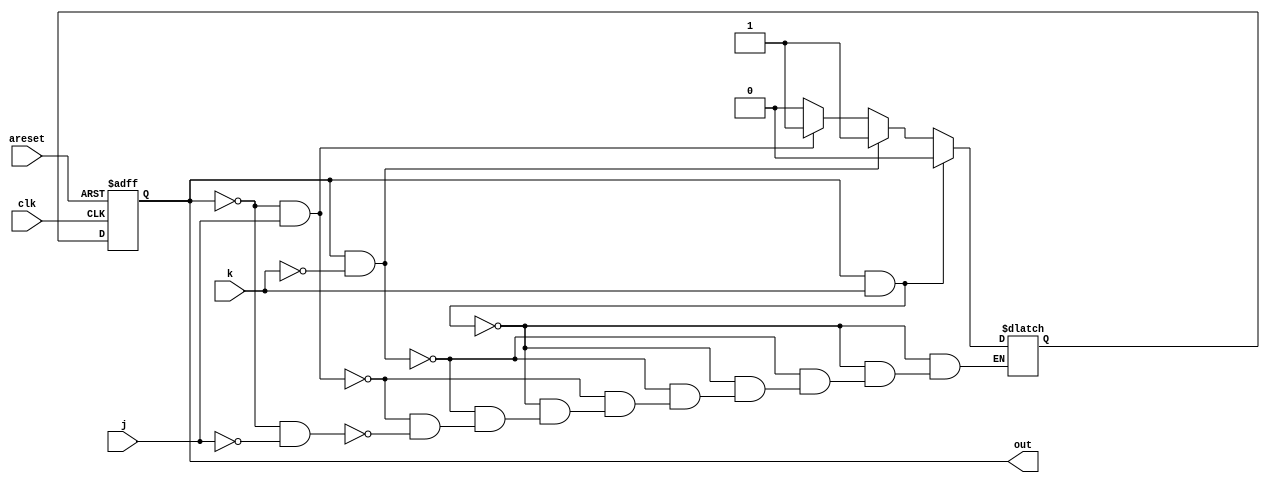
/*This is a Moore state machine with two states, two inputs, and one output. Implement this state machine.

This exercise is the same as fsm2s, but using asynchronous reset.*/
module top_module(
    input clk,
    input areset,    // Asynchronous reset to OFF
    input j,
    input k,
    output out); //  

    parameter OFF=0, ON=1; 
    reg state, next_state;

    always @(*) begin
        // State transition logic
        if (state==ON && k==1'b1)
            next_state=OFF;
        else if(state==ON && k==1'b0)
            next_state=ON;
        else if(state==OFF && j==1'b1)
            next_state=ON;
        else if(state==OFF && j==1'b0)
            next_state=OFF;
    end

    always @(posedge clk, posedge areset) begin
        // State flip-flops with asynchronous reset
        if(areset)
            begin
            state<=OFF;
            end          
        else 
            state<=next_state;

    end

    // Output logic
    assign out = state;

endmodule